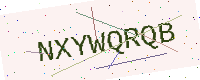
Text: NXYWQRQB